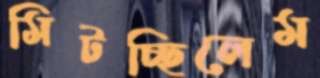
মিটচ্ছিলেম